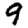
Digit: 9